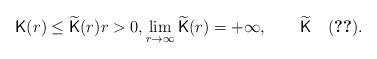
LaTeX: \begin{align*}{\sf K}(r)\leq\widetilde{\sf K}(r)r>0,\lim_{r\to\infty}\widetilde{\sf K}(r)=+\infty,\quad\quad\widetilde{\sf K}\quad\eqref{eq:Inttegrability}. \end{align*}